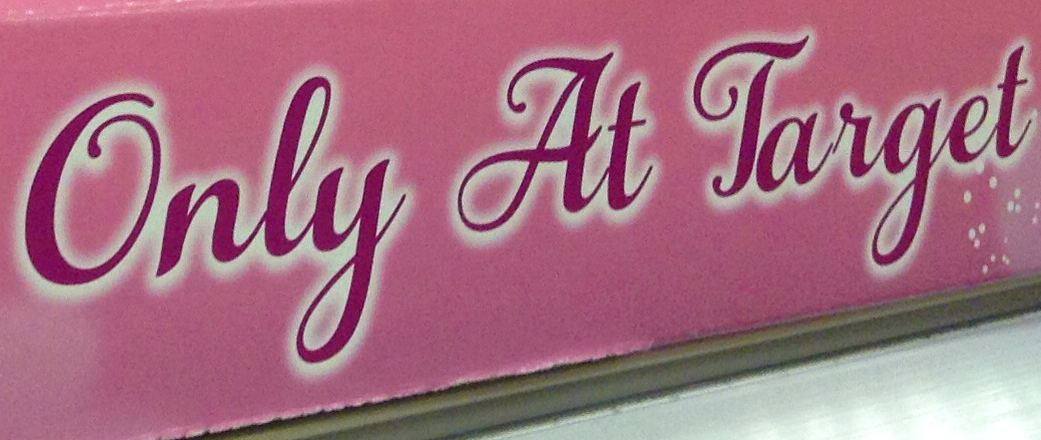
Only At Target